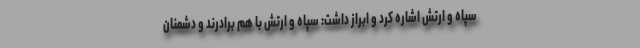
سپاه و ارتش اشاره کرد و ابراز داشت: سپاه و ارتش با هم برادرند و دشمنان